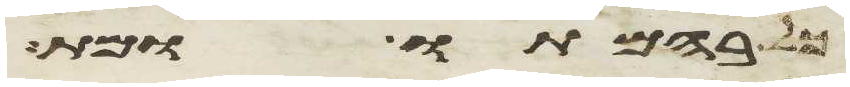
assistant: כל בהמתו ומת